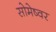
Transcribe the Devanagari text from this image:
सोमेष्वर